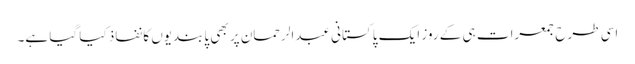
اسی طرح جمعرات ہی کے روز ایک پاکستانی عبدالرحمان پر بھی پابندیوں کا نفاذ کیا گیا ہے۔